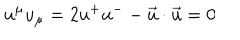
LaTeX: u ^ { \mu } u _ { \mu } = 2 u ^ { + } u ^ { - } - \vec { u } \cdot \vec { u } = 0